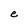
Character: e